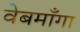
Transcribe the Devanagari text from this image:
वेबमाँगा